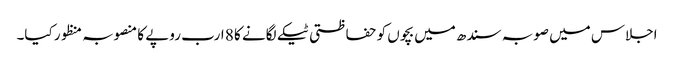
اجلاس میں صوبہ سندھ میں بچوں کو حفاظتی ٹیکے لگانے کا 8 ارب روپے کا منصوبہ منظور کیا۔